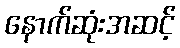
နောက်ဆုံးအဆင့်